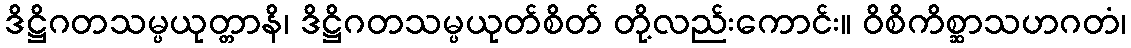
ဒိဋ္ဌိဂတသမ္ပယုတ္တာနိ၊ ဒိဋ္ဌိဂတသမ္ပယုတ်စိတ် တို့လည်းကောင်း။ ဝိစိကိစ္ဆာသဟဂတံ၊